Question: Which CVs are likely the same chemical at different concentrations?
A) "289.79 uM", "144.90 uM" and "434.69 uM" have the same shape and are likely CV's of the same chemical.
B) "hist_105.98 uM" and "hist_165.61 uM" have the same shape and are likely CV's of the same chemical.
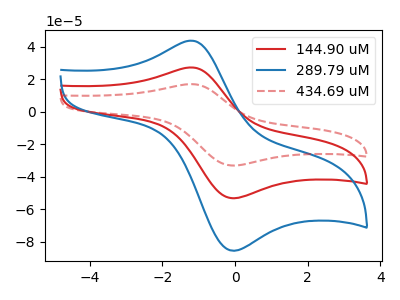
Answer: <think>The red curve "144.90 uM" has an anodic peak at (-1.20V, 27.15uA) and a cathodic peak at (-0.10V, -53.20uA). The blue curve "289.79 uM" has an anodic peak at (-1.20V, 43.65uA) and a cathodic peak at (-0.10V, -85.50uA). The red dashed curve "434.69 uM" has an anodic peak at (-1.20V, 54.35uA) and a cathodic peak at (-0.10V, -106.45uA).
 All the peaks in "144.90 uM" have a peak in "289.79 uM" at the same potential. Every peak in "144.90 uM" is lower than every peak in "289.79 uM". All the peaks in "144.90 uM" have a peak in "434.69 uM" at the same potential. Every peak in "144.90 uM" is lower than every peak in "434.69 uM". All the peaks in "289.79 uM" have a peak in "434.69 uM" at the same potential. Every peak in "289.79 uM" is lower than every peak in "434.69 uM".</think>
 <answer>A) "289.79 uM", "144.90 uM" and "434.69 uM" have the same shape and are likely CV's of the same chemical.</answer>
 <eval>A</eval>